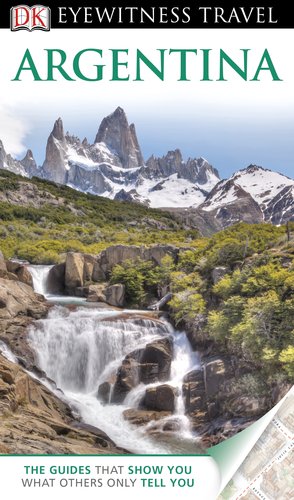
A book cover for DK Eyewitness Travel Guide: Argentina; Wayne Bernhardson; Travel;